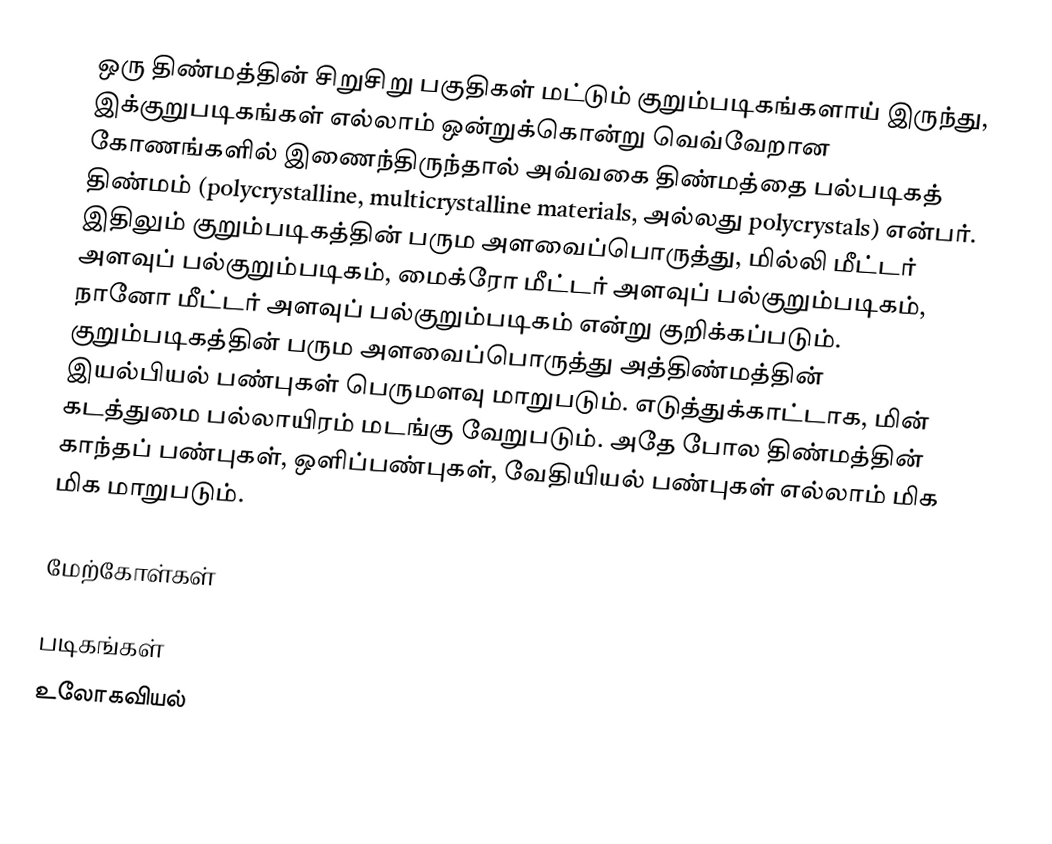
ஒரு திண்மத்தின் சிறுசிறு பகுதிகள் மட்டும் குறும்படிகங்களாய் இருந்து, இக்குறுபடிகங்கள் எல்லாம் ஒன்றுக்கொன்று வெவ்வேறான கோணங்களில் இணைந்திருந்தால் அவ்வகை திண்மத்தை பல்படிகத் திண்மம் (polycrystalline, multicrystalline materials, அல்லது polycrystals) என்பர். இதிலும் குறும்படிகத்தின் பரும அளவைப்பொருத்து, மில்லி மீட்டர் அளவுப் பல்குறும்படிகம், மைக்ரோ மீட்டர் அளவுப் பல்குறும்படிகம், நானோ மீட்டர் அளவுப் பல்குறும்படிகம் என்று குறிக்கப்படும். குறும்படிகத்தின் பரும அளவைப்பொருத்து அத்திண்மத்தின் இயல்பியல் பண்புகள் பெருமளவு மாறுபடும். எடுத்துக்காட்டாக, மின் கடத்துமை பல்லாயிரம் மடங்கு வேறுபடும். அதே போல திண்மத்தின் காந்தப் பண்புகள், ஒளிப்பண்புகள், வேதியியல் பண்புகள் எல்லாம் மிக மிக மாறுபடும்.

மேற்கோள்கள்

படிகங்கள்
உலோகவியல்